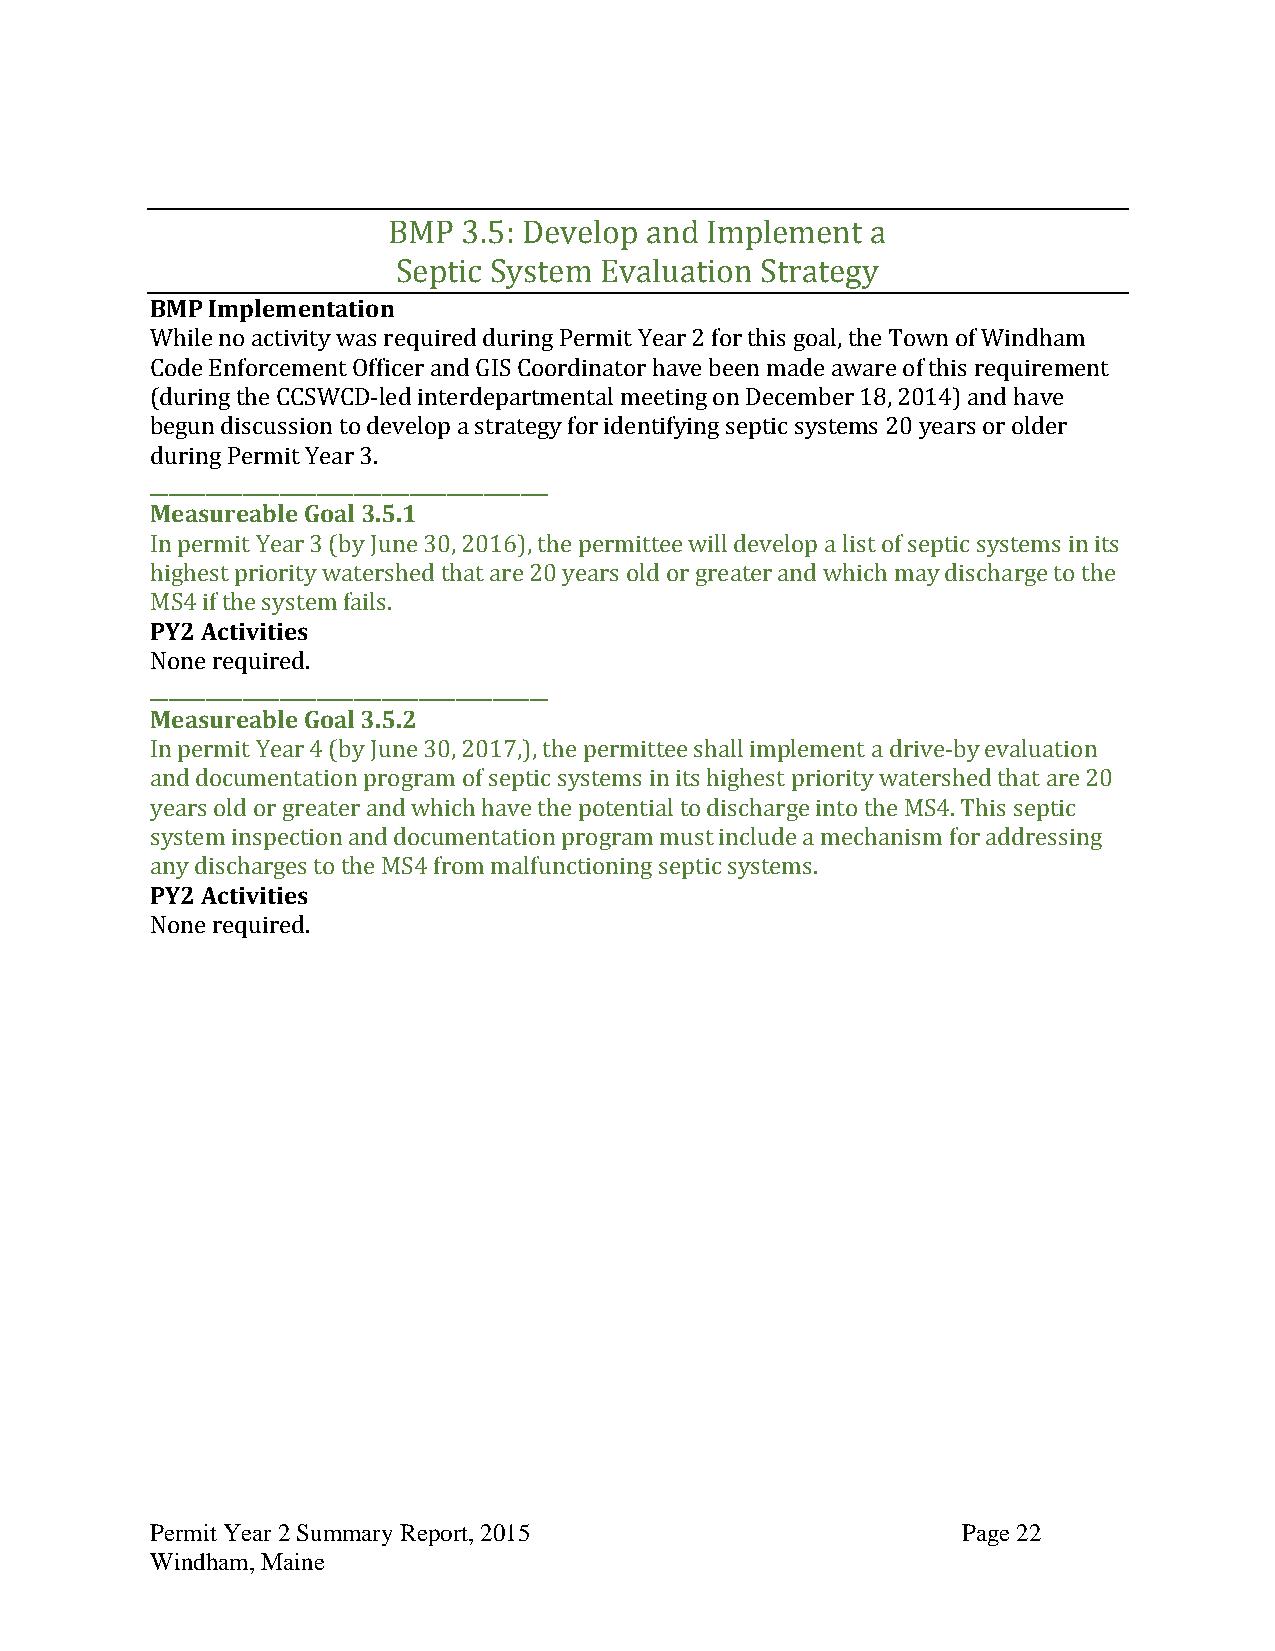
BMP  3.5: Develop and Implement a
 Septic System Evaluation Strategy
 BMP Implementation
 While no activity was required during Permit Year 2 for this goal, the Town of Windham
 Code Enforcement Officer and GIS Coordinator have been made aware of this requirement
 (during the CCSWCD-led interdepartmental meeting on December 18, 2014) and have
 begun discussion to develop a strategy for identifying septic systems 20 years or older
 during Permit Year 3.
 ___________________________________________
 Measureable Goal 3.5.1
 In permit Year 3 (by June 30, 2016), the permittee will develop a list of septic systems in its
 highest priority watershed that are 20 years old or greater and which may discharge to the
 MS4 if the system fails.
 PY2 Activities
 None required.
 ___________________________________________
 Measureable Goal 3.5.2
 In permit Year 4 (by June 30, 2017,), the permittee shall implement a drive-by evaluation
 and documentation program of septic systems in its highest priority watershed that are 20
 years old or greater and which have the potential to discharge into the MS4. This septic
 system inspection and documentation program must include a mechanism for addressing
 any discharges to the MS4 from malfunctioning septic systems.
 PY2 Activities
 None required.
 Permit Year 2 Summary Report, 2015                    Page 22
 Windham, Maine